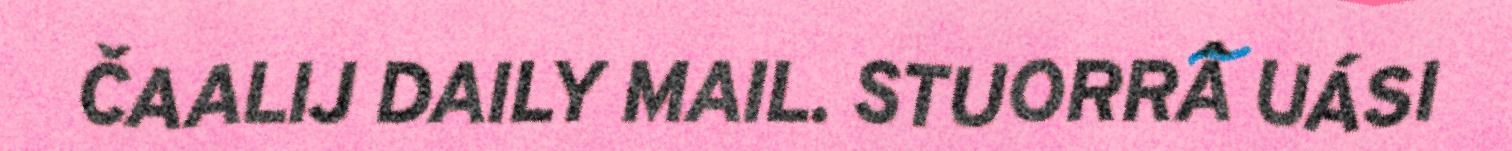
ČAALIJ DAILY MAIL. STUORRÂ UÁSI